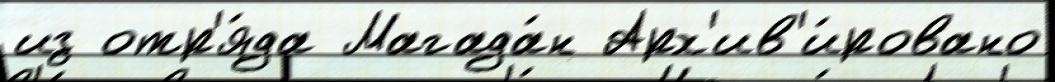
из отр'я́да Магада́н Арх'ив'и́ровано